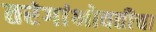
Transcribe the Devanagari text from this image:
तरंगांभोवतीचा